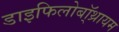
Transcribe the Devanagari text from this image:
डाइफिलोबॉ्थ्रायम